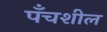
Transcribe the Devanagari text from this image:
पँचशील